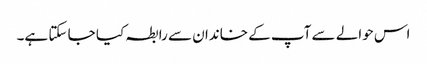
اس حوالے سے آپ کے خاندان سے رابطہ کیا جا سکتا ہے۔